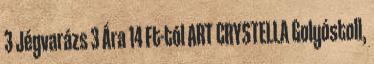
3 Jégvarázs 3 Ára 14 Ft-tól ART CRYSTELLA Golyóstoll,